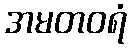
အမတဝရံ